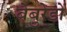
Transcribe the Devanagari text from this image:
बेबुरेडों